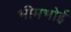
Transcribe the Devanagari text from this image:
भीमभोई